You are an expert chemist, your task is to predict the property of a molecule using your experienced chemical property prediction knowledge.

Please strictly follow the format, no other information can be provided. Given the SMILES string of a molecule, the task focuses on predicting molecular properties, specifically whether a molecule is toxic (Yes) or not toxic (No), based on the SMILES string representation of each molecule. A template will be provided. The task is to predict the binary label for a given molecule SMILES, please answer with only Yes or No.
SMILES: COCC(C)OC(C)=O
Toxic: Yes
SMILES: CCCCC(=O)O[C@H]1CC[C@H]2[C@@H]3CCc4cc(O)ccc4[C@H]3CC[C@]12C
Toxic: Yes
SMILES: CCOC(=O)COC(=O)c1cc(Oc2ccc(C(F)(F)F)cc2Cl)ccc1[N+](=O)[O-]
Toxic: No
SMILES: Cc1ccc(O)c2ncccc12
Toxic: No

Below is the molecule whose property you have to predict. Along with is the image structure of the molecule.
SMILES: CC(C)(C)C(=O)C(=O)O
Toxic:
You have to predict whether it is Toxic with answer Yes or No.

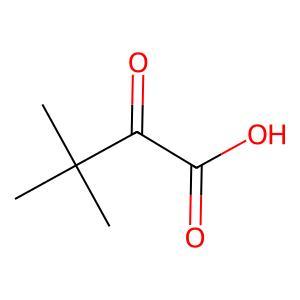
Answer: No